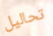
تحاليل